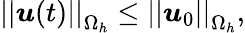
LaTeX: \left|\left|\boldsymbol{u}(t)\right|\right|_{\Omega_{h}}\leq\left|\left|\boldsymbol{u}_{0}\right|\right|_{\Omega_{h}},